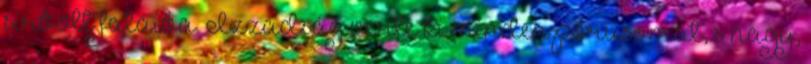
sírbolt falaiba. Izzadság verte ki minden pórusomat, s nagy,